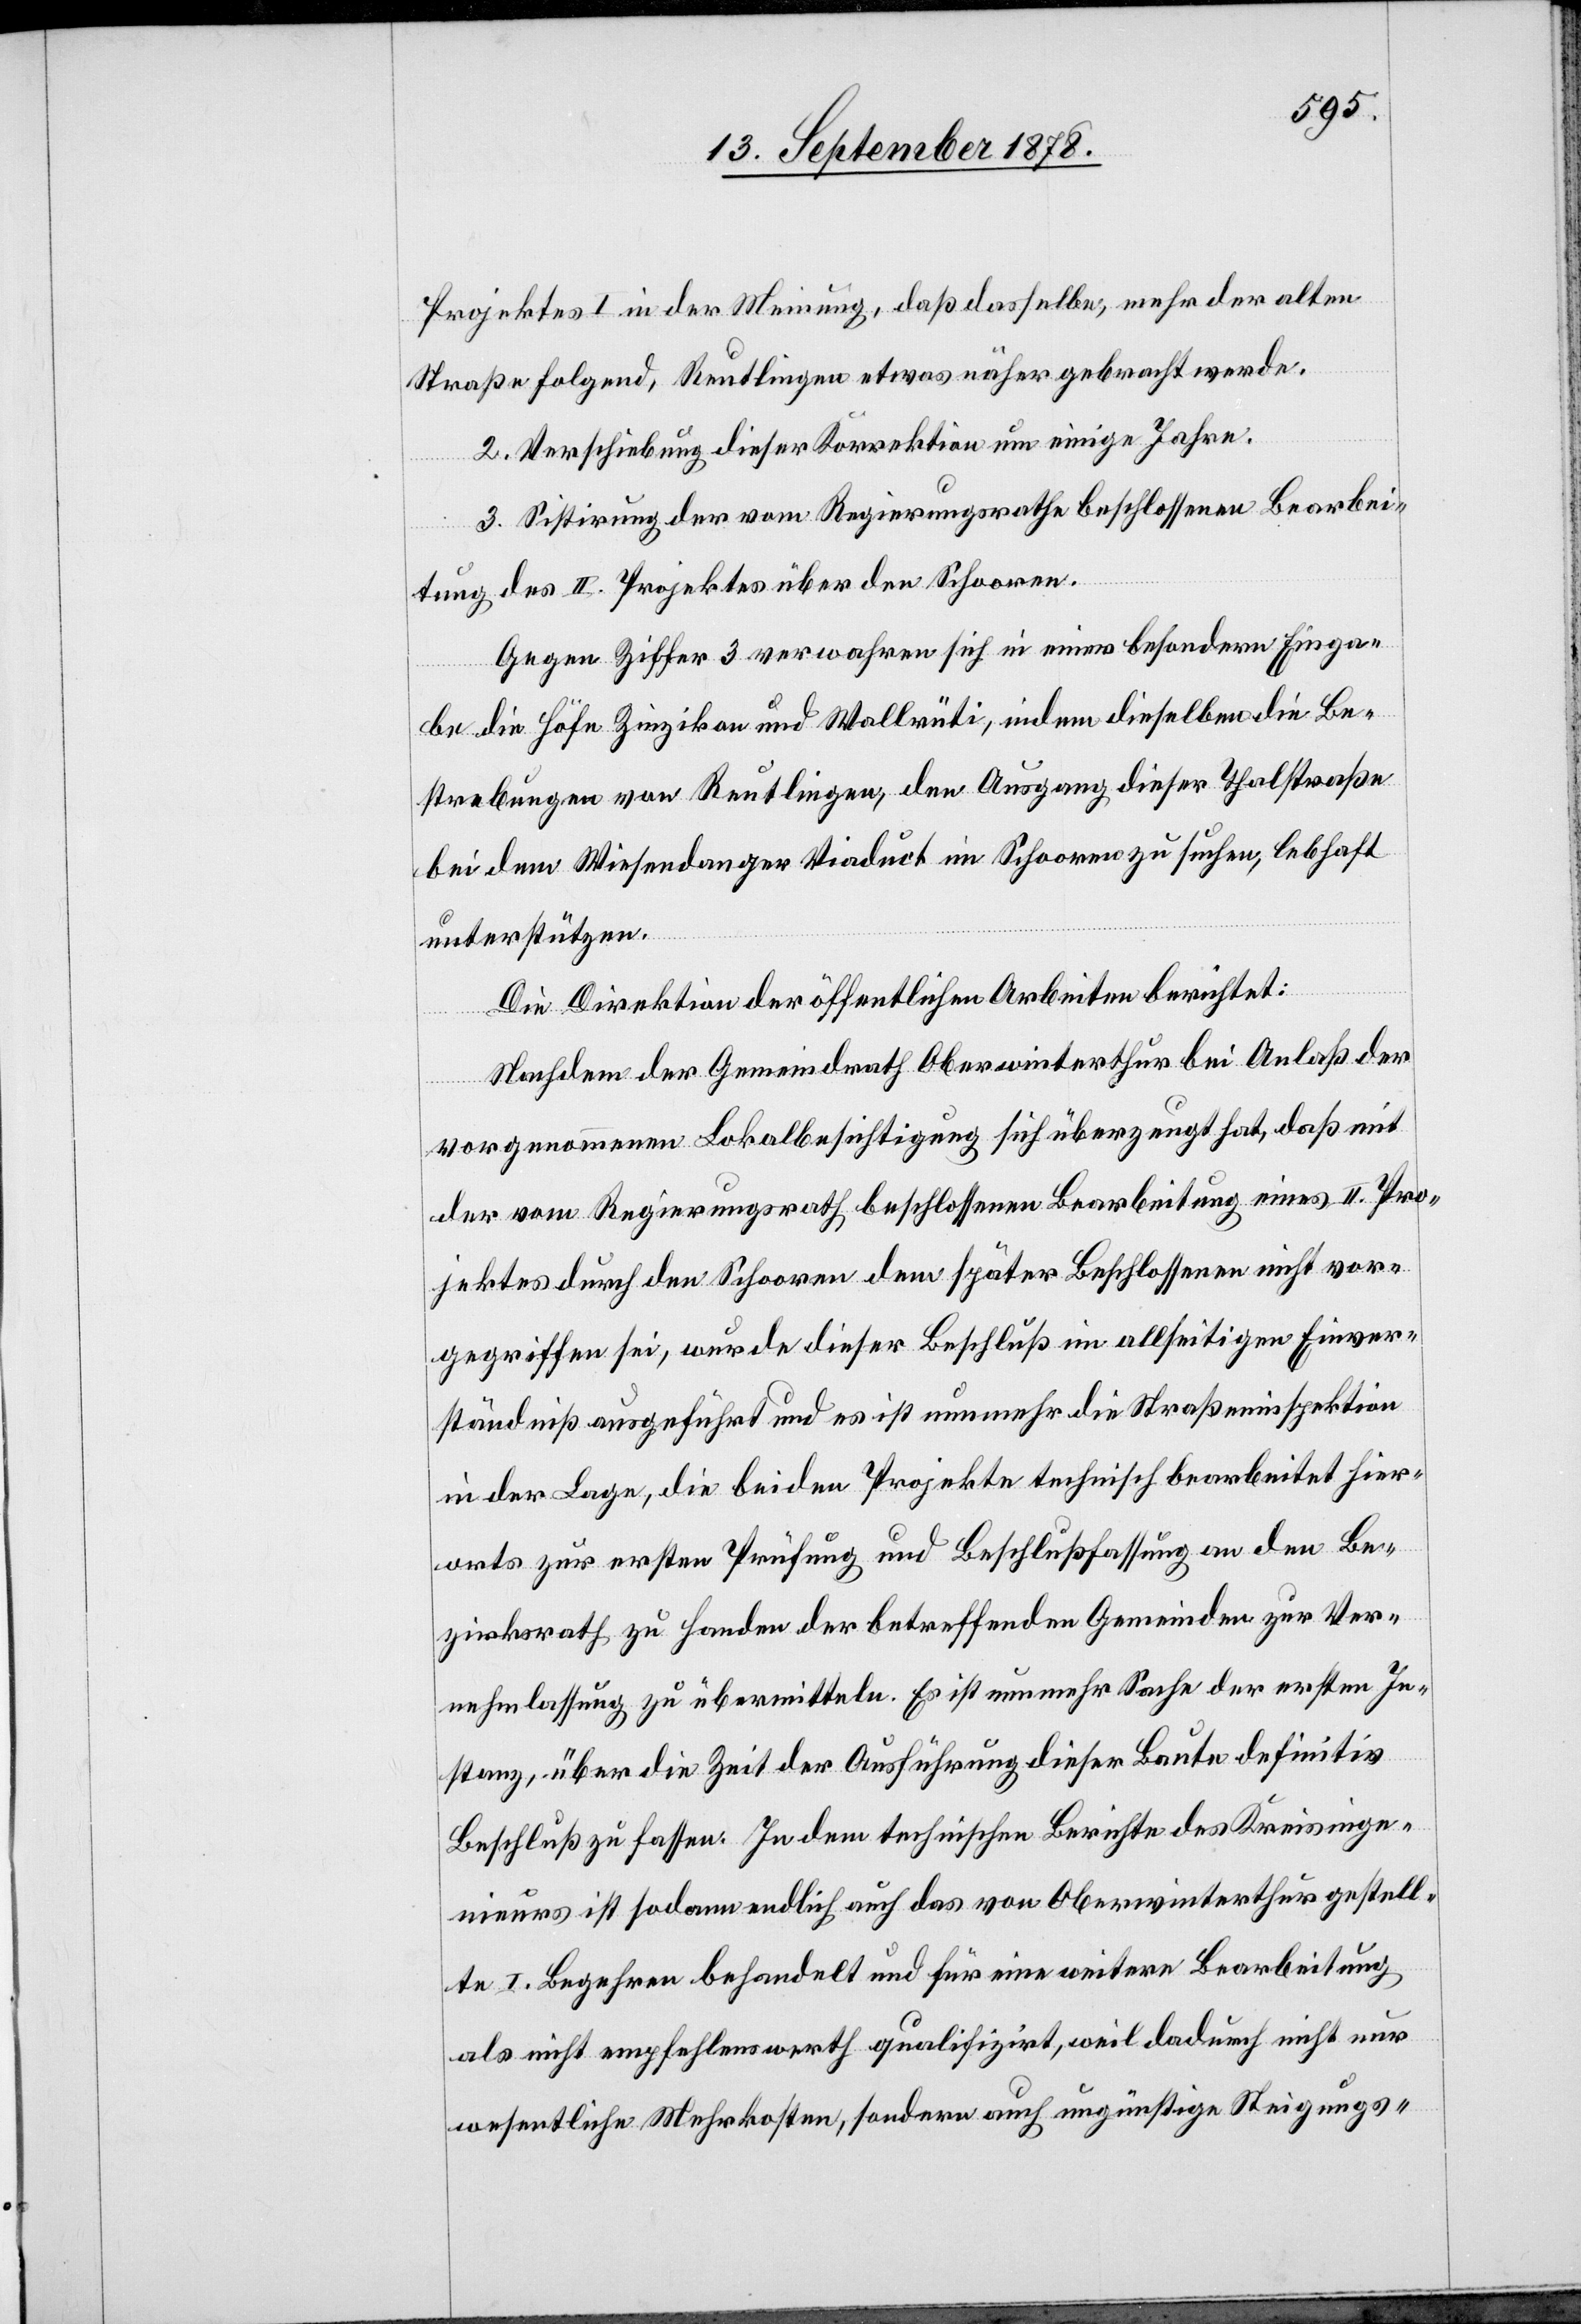
Projektes I in der Meinung, daß dasselbe, mehr der alten
Straße folgend, Reutlingen etwas näher gebracht werde.
2. Verschiebung dieser Korrektion um einige Jahre.
3. Sistirung der vom Regierungsrathe beschlossenen Bearbei¬
tung des II. Projektes über den Schooren.
Gegen Ziffer 3 verwahren sich in einer besondern Einga¬
be die Höfe Zinzikon und Wallrüti, indem dieselben die Be¬
strebungen von Reutlingen, den Ausgang dieser Thalstraße
bei dem Wiesendanger Viaduct im Schooren zu suchen, lebhaft
unterstützen.
Die Direktion der öffentlichen Arbeiten berichtet:
Nachdem der Gemeindrath Oberwinterthur bei Anlaß der
vorgenommenen Lokalbesichtigung sich überzeugt hat, daß mit
der vom Regierungsrath beschlossenen Bearbeitung eines II. Pro¬
jektes durch den Schooren dem später Beschlossenen nicht vor¬
gegriffen sei, wurde dieser Beschluß im allseitigen Einver¬
ständniß ausgeführt und es ist nunmehr die Straßeninspektion
in der Lage, die beiden Projekte technisch bearbeitet hier¬
orts zur ersten Prüfung und Beschlußfassung an den Be¬
zirksrath zu Handen der betreffenden Gemeinden zur Ver¬
nehmlassung zu übermitteln. Es ist nunmehr Sache der ersten In¬
stanz, über die Zeit der Ausführung dieser Baute definitiv
Beschluß zu fassen. In dem technischen Berichte des Kreisinge¬
nieurs ist sodann endlich auch das von Oberwinterthur gestell¬
te I. Begehren behandelt und für eine weitere Bearbeitung
als nicht empfehlenswerth qualifizirt, weil dadurch nicht nur
wesentliche Mehrkosten, sondern auch ungünstige Steigungs-